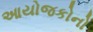
આયોજકોનો